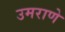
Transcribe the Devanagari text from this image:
उमराणे